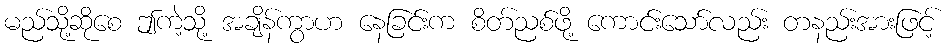
မည်သို့ဆိုစေ ဤကဲ့သို့ အချိန်ကွာဟ နေခြင်းက စိတ်ညစ်ဖို့ ကောင်းသော်လည်း တနည်းအားဖြင့်